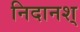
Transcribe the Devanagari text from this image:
निदानश्